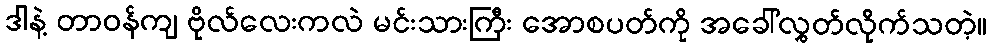
ဒါနဲ့ တာဝန်ကျ ဗိုလ်လေးကလဲ မင်းသားကြီး အောစပတ်ကို အခေါ်လွှတ်လိုက်သတဲ့။